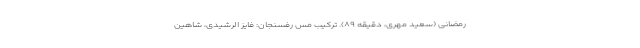
رمضانی (سعید مهری، دقیقه ۸۹). ترکیب مس رفسنجان: فایز الرشیدی، شاهین